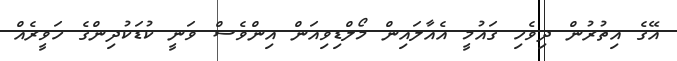
އޭގެ އިތުރުން ދިވެހި ގައުމީ އެއާލައިން މޯލްޑިވިއަން އިންވެސް ވަނީ ކުޑަކުދިންގެ ހަވީރެއް